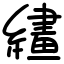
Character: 繣